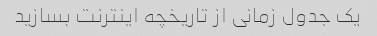
یک جدول زمانی از تاریخچه اینترنت بسازید